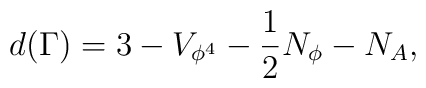
d(\Gamma)=3-V_{\phi^4}-\frac{1}{2}N_\phi-N_A,